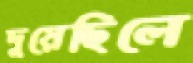
দুয়েছিলে